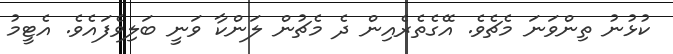
ކުޅުނު ތިންވަނަ މެެޗެވެ. އޭގެތެރެއިން ދެ މެޗުން ލަންކާ ވަނީ ބަލިވެފައެވެ. އެޓީމު